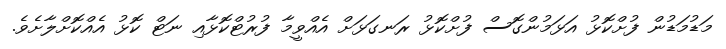
މަޑުމަޑުން ފުށްކޮޅު އަޅަމުންގޮސް ފުށްކޮޅު ރަނގަޅަށް އެއްވީމާ ފުރުޓްކޮޅާއި ނަޓް ކޮޅު އެއްކޮށްލާށެވެ.